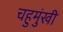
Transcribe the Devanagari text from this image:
चहुमुंखी